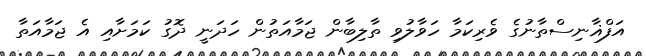
އަފްޣާާނިސްތާނުގެ ވެރިކަމާ ހަވާލުވި ތާލިބާން ޖަމާއަތުން ހަދަނީ ދޮގު ކަމަށާއި އެ ޖަމާއަތާ